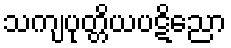
သကျပုတ္တိယပဋိညော